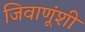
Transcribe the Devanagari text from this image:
जिवाणूंशी